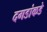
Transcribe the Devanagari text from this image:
दगडांकडे